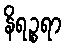
နိရဉ္စရာ